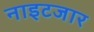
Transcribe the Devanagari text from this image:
नाइटजार